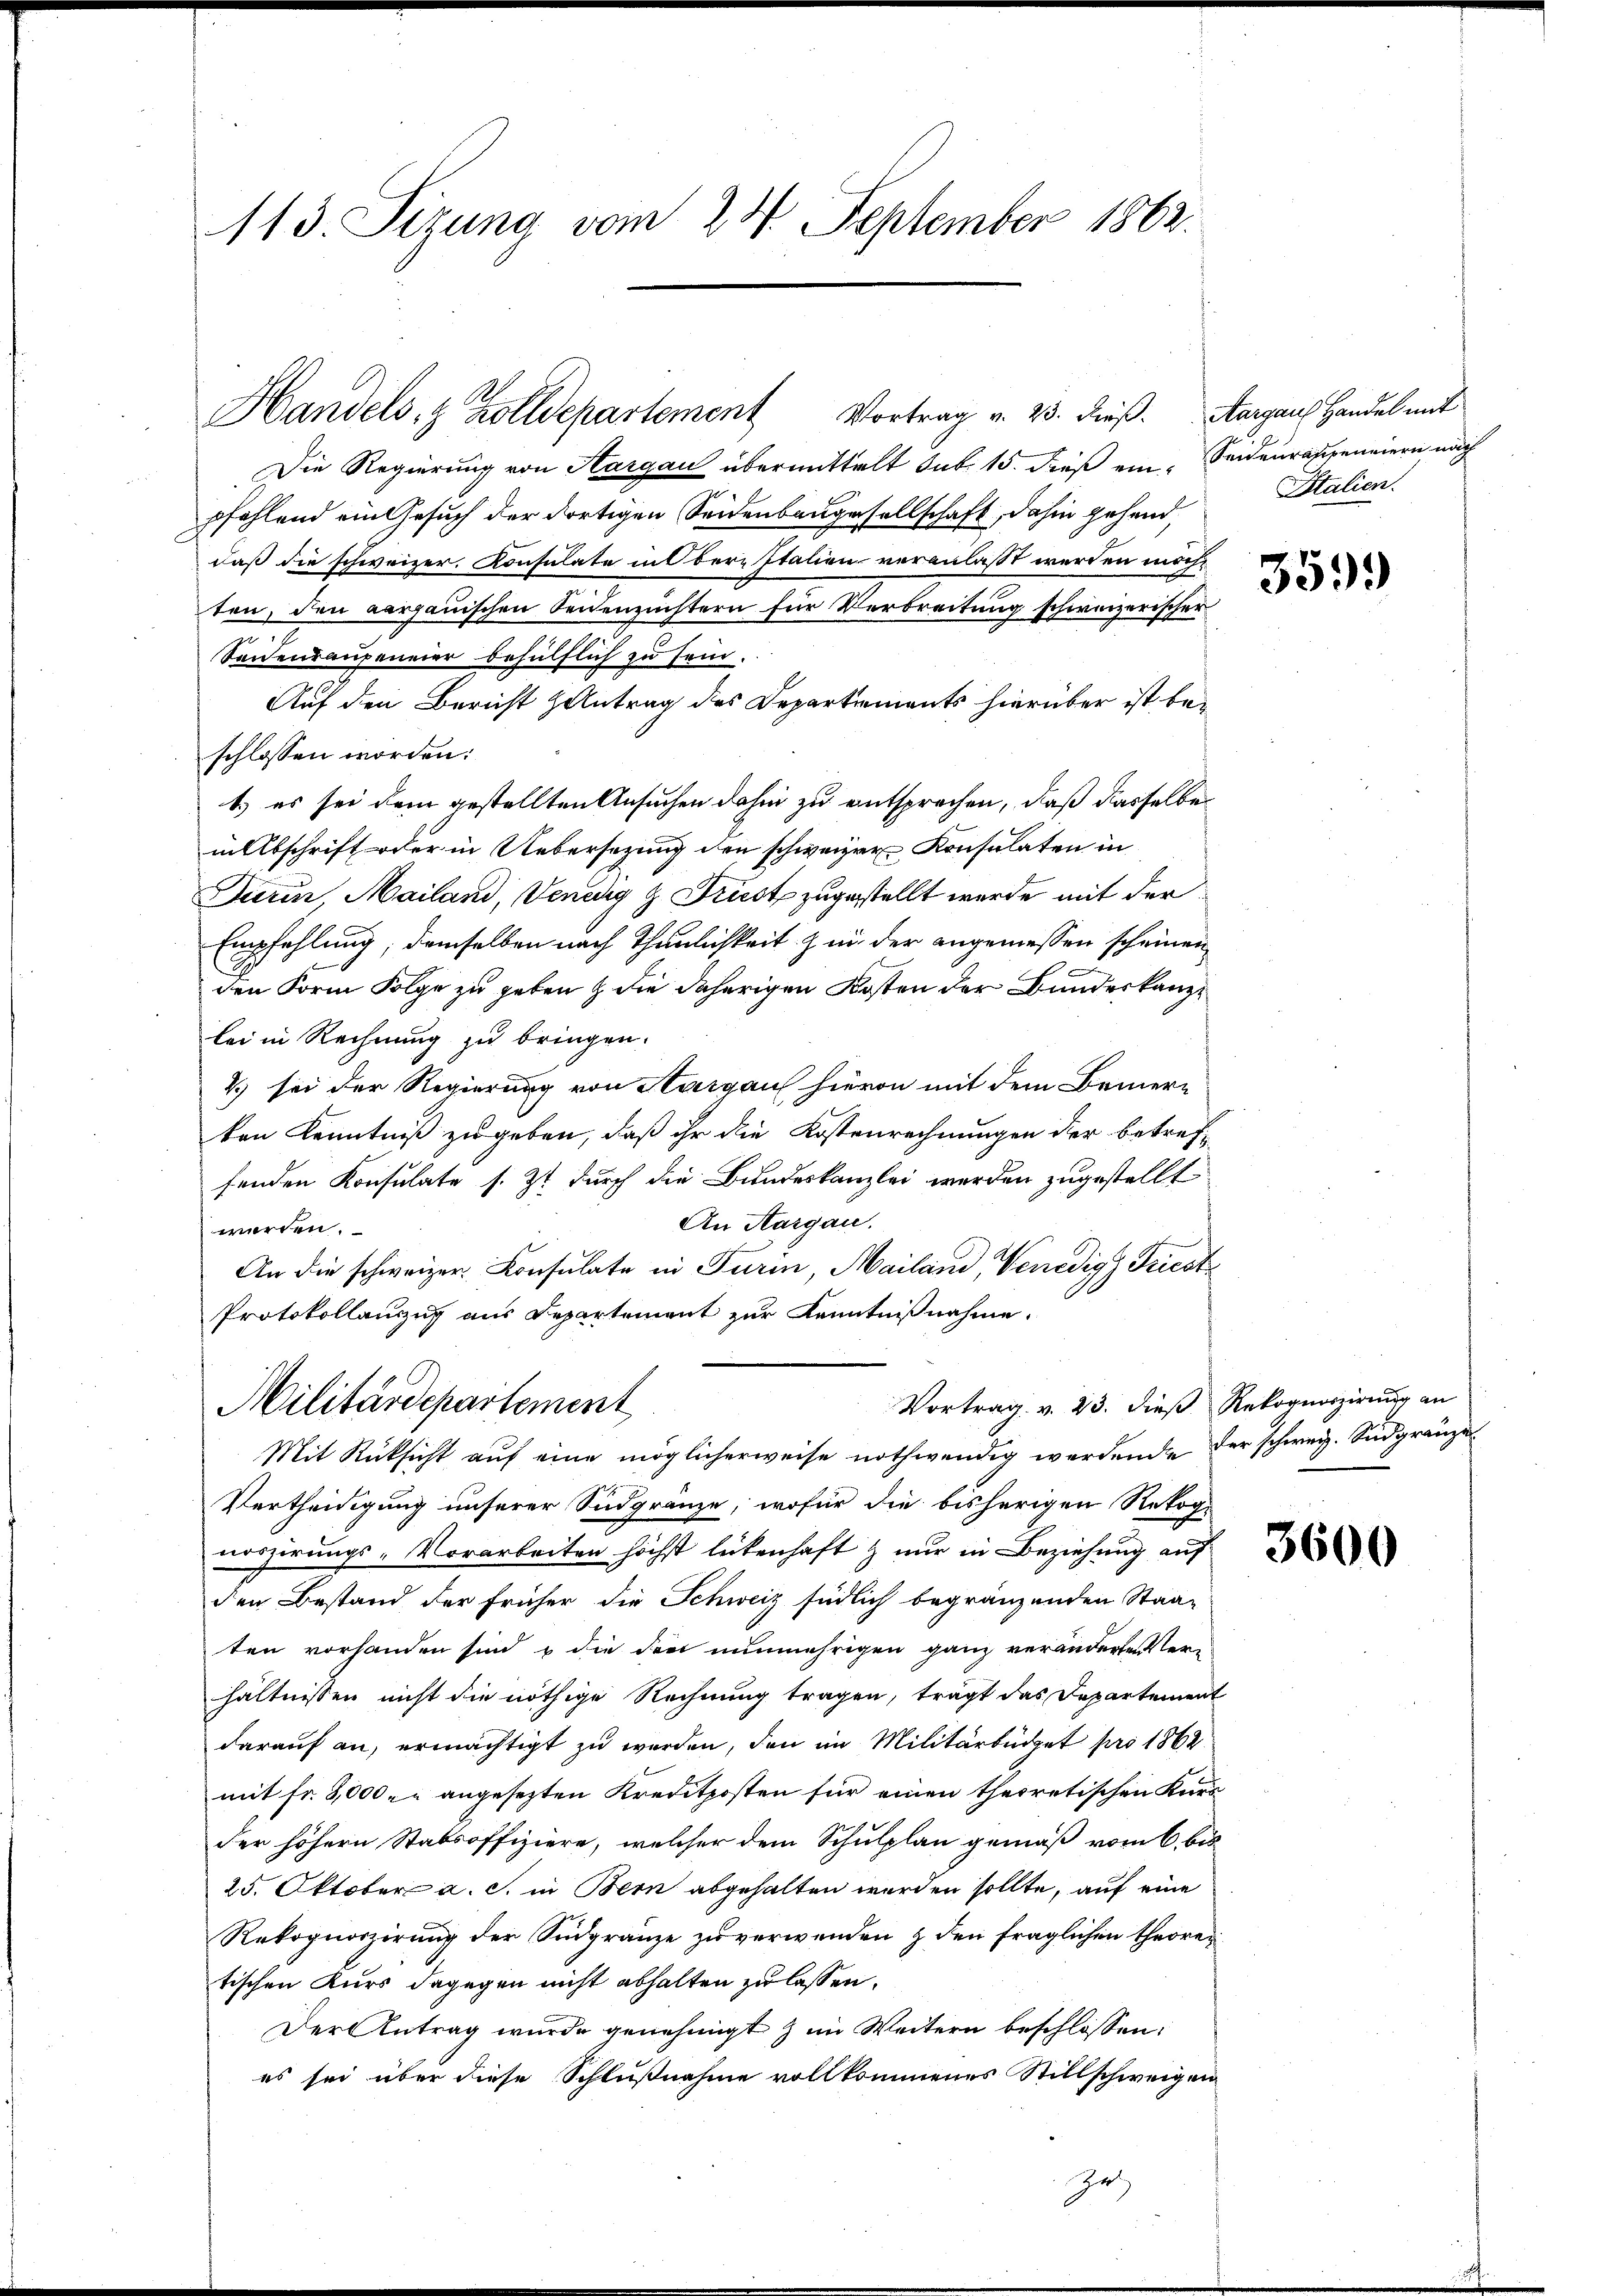
113. Sizung vom 24. September 1862.

Handels- & Zolldepartement Vortrag v. 23. dieß. Aargaus Handel mit

Die Regierung von Aargau übermittelt sub. 15. dieß ein Seiderrasseneiern nach
pfehlend ein Gesuch der dortigen Seidenbaugesellschaft, dahin gehend,
daß die schweizer. Konsulate in Ober-Italien veranlaßt werden möchten, den aargauischen Seidenzüchtern für Verbreitung schweizerischer
Sanenraupeneier behülflich zu sein.
Auf den Bericht zutrag des Departements hierüber ist beschlossen worden:
1.) es sei dem gestellten Ansuchen dahin zu entsprechen, daß dasselbe
in Abschrift oder in Uebersetzung den schweizer Konsulaten in
Turin, Mailand, Venedig & Frist zugestellt werde mit der
Empfehlung; demselben nach Thunlichkeit & in der angemessen scheinen
e
den Form Folge zu geben & die daherigen Kosten der Bundeskanzlei in Rechnung zu bringen.
2) sei der Regierung von Aargau hievon mit dem Bemer-
ten Kenntniß zugeben, daß ihr die Kostenrechnungen der betreff
fenden Konsulate s. Zt durch die Bundeskanzlei werden zugestellt
An Aargau.
werden.
An die schweizer. Consulate in Turin, Mailand, Venedig Friest
Protokollanzug aus Departement zur Kenntnißnahme.
Vortrag v. 23. dieβ Rekognoszirŭng an
Militärdepartement
Mit Rücksicht auf eine möglicherweise nothwendig werdende der schweiz. Südgränze
Vertheidigung unserer Sidgränze, wofür die bisherigen Rekog-
voszirungs-Vorarbeiten höchst lebenhaft & nur in Beziehung auf
den Bestand der früher die Schweiz südlich begränzenden Staaten vorhanden sind & die dort nunmehrigen ganz veränderten Ver-
hältnissen nicht die nöthige Rechnung tragen, trägt das Departement
darauf an, ermächtigt zu werden, den im Militärbüdget pro 1862
mit Fr. 3,000 - angesezten Kreditposten für einen theoretischen Kurs
der höhern Stabsoffiziere, welcher dem Schulplan gemäß vom 6. bis
25. Oktober a. c. in Bern abgehalten werden sollte, auf eine
Rekognoszirung der Südgränze zu verwenden & den fraglichen theoretischen Kurs dagegen nicht abhalten zu lassen.
Der Antrag wurde genehmigt & im Weitern beschlossen:
es sei über diese Schlußnahme vollkommenes Stillschweigen

Italien.

359.

3600